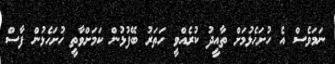
ނަމަވެސް އެ ހުށަހެޅުމަށް ތާއީދު ކުރެއްވީ ހަތަރު ބޭފުޅުން ކަމަށްވާތީ ހުށަހެޅުން ފާސް